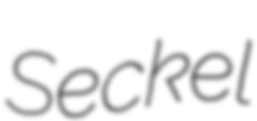
Seckel